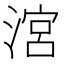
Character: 㴦